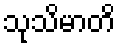
သုသိမာတိ